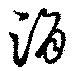
涓